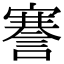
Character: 謇